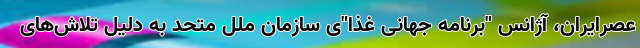
عصرایران، آژانس "برنامه جهانی غذا"ی سازمان ملل متحد به دلیل تلاش‌های